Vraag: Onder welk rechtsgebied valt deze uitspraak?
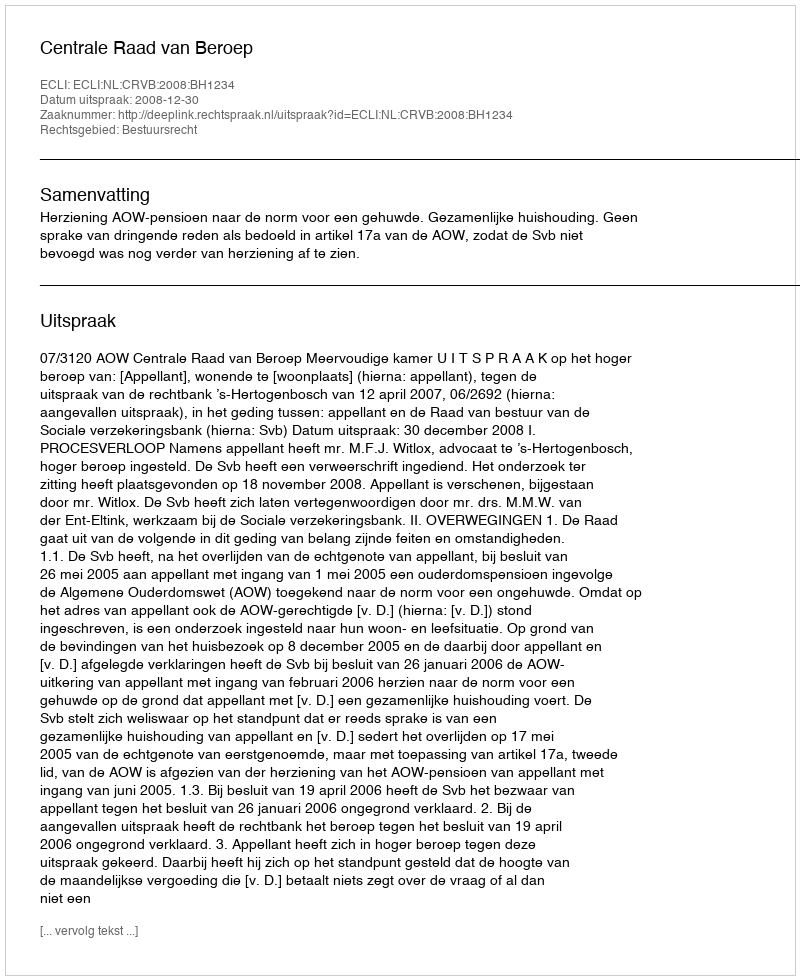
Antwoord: Bestuursrecht